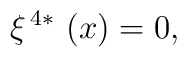
\xi ^{\,4\ast }\,\left( x\right) =0,